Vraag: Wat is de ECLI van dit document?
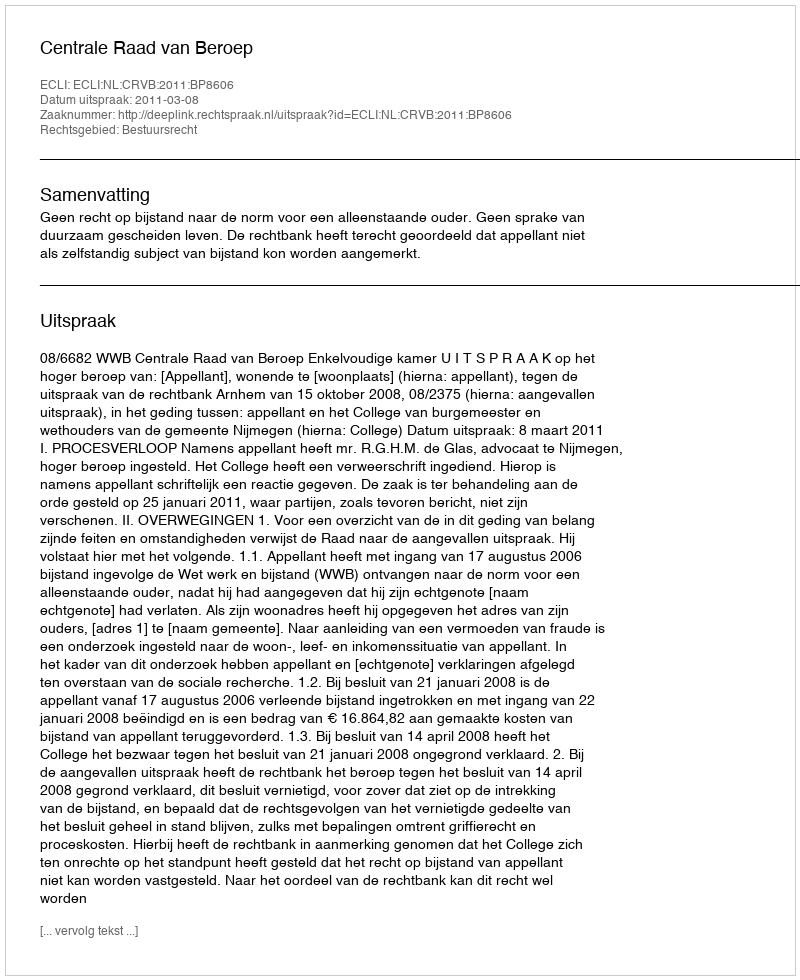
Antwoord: ECLI:NL:CRVB:2011:BP8606